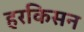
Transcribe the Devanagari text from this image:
हरकिसन